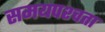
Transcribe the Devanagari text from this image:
समयपश्चता